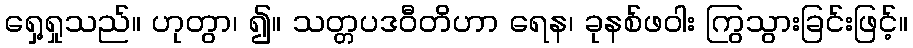
ရှေ့ရှုသည်။ ဟုတွာ၊ ၍။ သတ္တပဒဝီတိဟာ ရေန၊ ခုနစ်ဖဝါး ကြွသွားခြင်းဖြင့်။